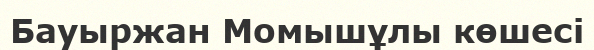
Бауыржан Момышұлы көшесі